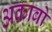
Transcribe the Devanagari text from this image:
अकाबो